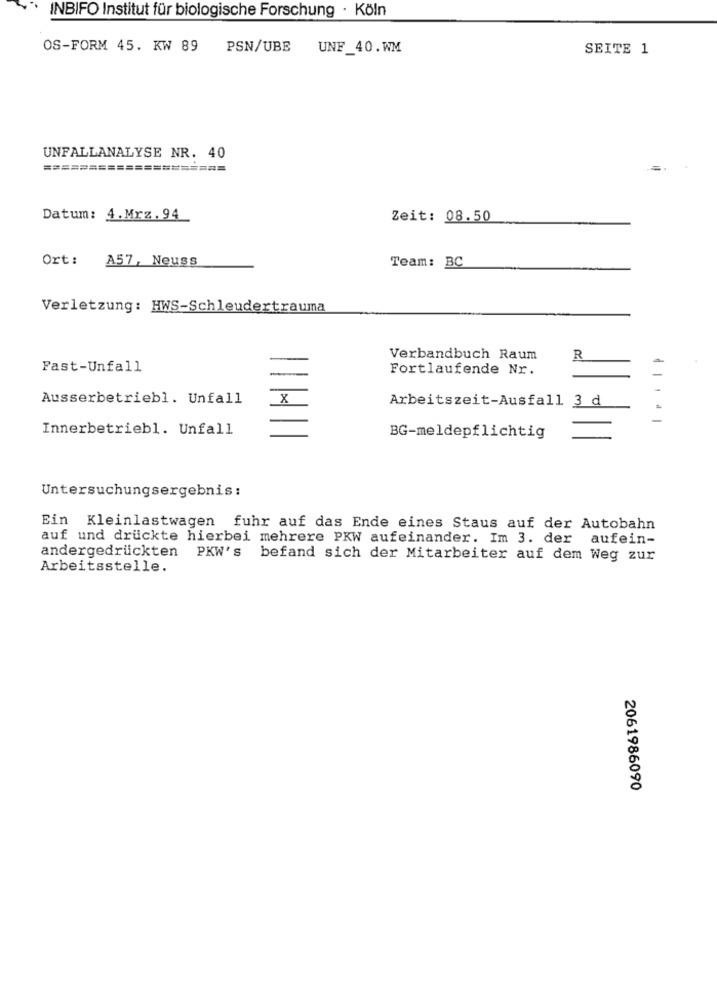
INBIFO Institut für biologische Forschung · Köln
OS-FORM 45. KW 89
PSN/UBE
UNF_40.WM
SEITE 1
UNFALLANALYSE NR. 40
====================
Datum: 4.Mrz.94
Zeit: 08.50
Ort:
A57, Neuss
Team: BC
Verletzung: HWS-Schleudertrauma
Verbandbuch Raum
R
Fast-Unfall
Fortlaufende Nr.
Ausserbetriebl. Unfall
_X
Arbeitszeit-Ausfall 3 d
Innerbetriebl. Unfall
BG-meldepflichtig
Untersuchungsergebnis:
Ein Kleinlastwagen fuhr auf das Ende eines Staus auf der Autobahn
auf und druckte hierbei mehrere PKW aufeinander. Im 3. der aufein-
andergedruckten PKW's
befand sich der Mitarbeiter auf dem Weg zur
Arbeitsstelle.
2061986090